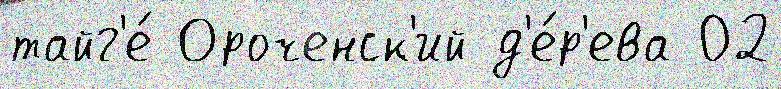
тайг'е́ Ороченск'ий д'е́р'ева 02